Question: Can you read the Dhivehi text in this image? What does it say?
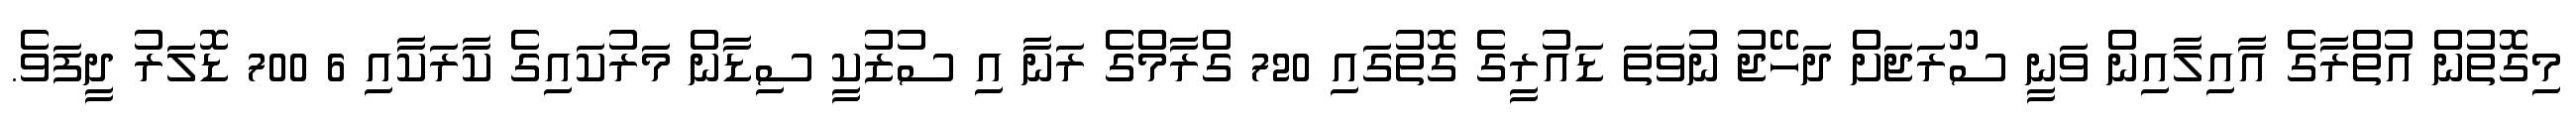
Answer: މިގޮތުން އުތްރާގެ އާއިލާއިން ވަނީ ސޫރަޖަށް ދަހޭޖު ނުވަތަ ޑައުރީގެ ގޮތުގައި 720 ގްރާމްގެ ރަނާ އި ސުޒުކީ ސިޑާން މަރުކައިގެ ކާރަކާއި 6 700 ޑޮލަރު ދީފަވެ.